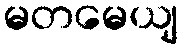
မတမေယျ